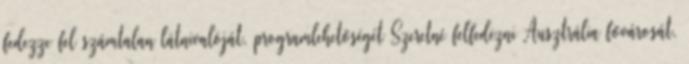
fedezze fel számtalan látnivalóját, programlehetőségét Szeretné felfedezni Ausztrália fővárosát,